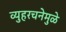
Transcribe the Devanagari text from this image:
व्युहरचनेमुळे